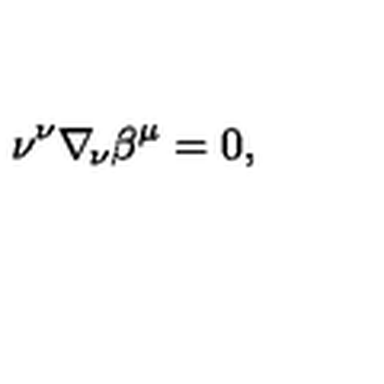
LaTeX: \nu ^ { \nu } \nabla _ { \! \nu } \beta ^ { \mu } = 0 ,